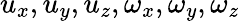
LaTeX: u_{x},u_{y},u_{z},\omega_{x},\omega_{y},\omega_{z}